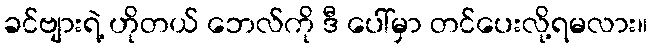
ခင်ဗျားရဲ့ ဟိုတယ် ဘေလ်ကို ဒီ ပေါ်မှာ တင်ပေးလို့ရမလား။